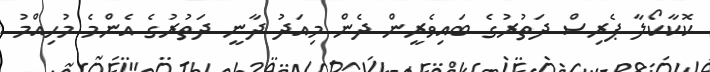
ކޮކާކޯލާ ޕެރިސް ދަތުރުގެ ބައިވެރީން ދެން މިއަދު ދާނީ ދަތުރުގެ އެންމެ މުހިއްމު